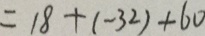
= 1 8 + ( - 3 2 ) + 6 0